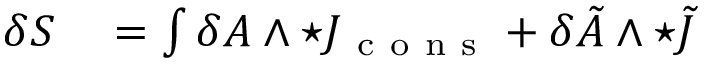
\begin{array} { r l } { \delta S } & { { } = \int \delta A \wedge \star J _ { \mathrm { ~ c ~ o ~ n ~ s ~ } } + \delta \tilde { A } \wedge \star \tilde { J } } \end{array}